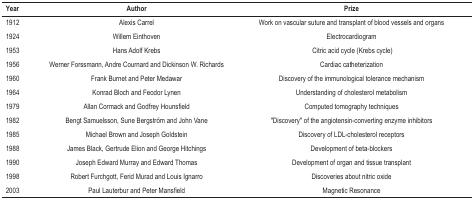
| Year | Author | Prize |
 | --- | --- | --- |
 | 1912 | Alexis Carrel | Work on vascular suture and transplant of blood vesselsand organs |
 | 1924 | Willem Einthoven | Electrocardiogram |
 | 1953 | Hans Adolf Krebs | Citric acid cycle (Krebs cycle) |
 | 1956 | Werner Forssmann, Andre Cournard and Dickinson W.Richards | Cardiac catheterization |
 | 1960 | Frank Burnet and Peter Medawar | Discovery of the immunological tolerance mechanism |
 | 1964 | Konrad Bloch and Feodor Lynen | Understanding of cholesterol metabolism |
 | 1979 | Allan Cormack and Godfrey Hounsfield | Computed tomography techniques |
 | 1982 | Bengt Samuelsson, Sune Bergström and John Vane | "Discovery" of the angiotensin-converting enzymeinhibitors |
 | 1985 | Michael Brown and Joseph Goldstein | Discovery of LDL-cholesterol receptors |
 | 1988 | James Black, Gertrude Elion and George Hitchings | Development of beta-blockers |
 | 1990 | Joseph Edward Murray and Edward Thomas | Development of organ and tissue transplant |
 | 1998 | Robert Furchgott, Ferid Murad and Louis Ignarro | Discoveries about nitric oxide |
 | 2003 | Paul Lauterbur and Peter Mansfield | Magnetic Resonance |